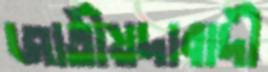
জাতীয়দাবাদী